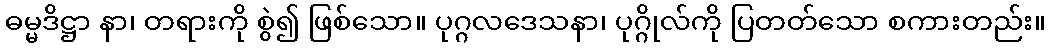
ဓမ္မဒိဋ္ဌာ နာ၊ တရားကို စွဲ၍ ဖြစ်သော။ ပုဂ္ဂလဒေသနာ၊ ပုဂ္ဂိုလ်ကို ပြတတ်သော စကားတည်း။